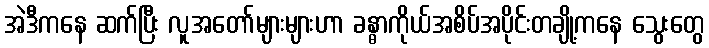
အဲဒီကနေ ဆက်ပြီး လူအတော်များများဟာ ခန္ဓာကိုယ်အစိပ်အပိုင်းတချို့ကနေ သွေးတွေ